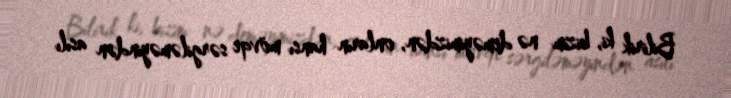
Bilirik ki, bizim nə deməyimizdən, onların hansı mövqe sərgiləməyindən asılı